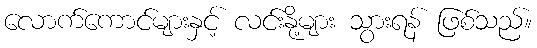
လောက်ကောင်များနှင့် လင်းနို့များ သွားရန် ဖြစ်သည်။